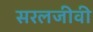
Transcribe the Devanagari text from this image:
सरलजीवी